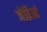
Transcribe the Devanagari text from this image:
जेब्रिआं